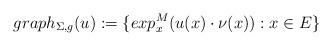
LaTeX: \begin{align*} graph_{\Sigma, g}(u):= \{exp^M_x(u(x)\cdot\nu(x)) : x\in E\} \end{align*}